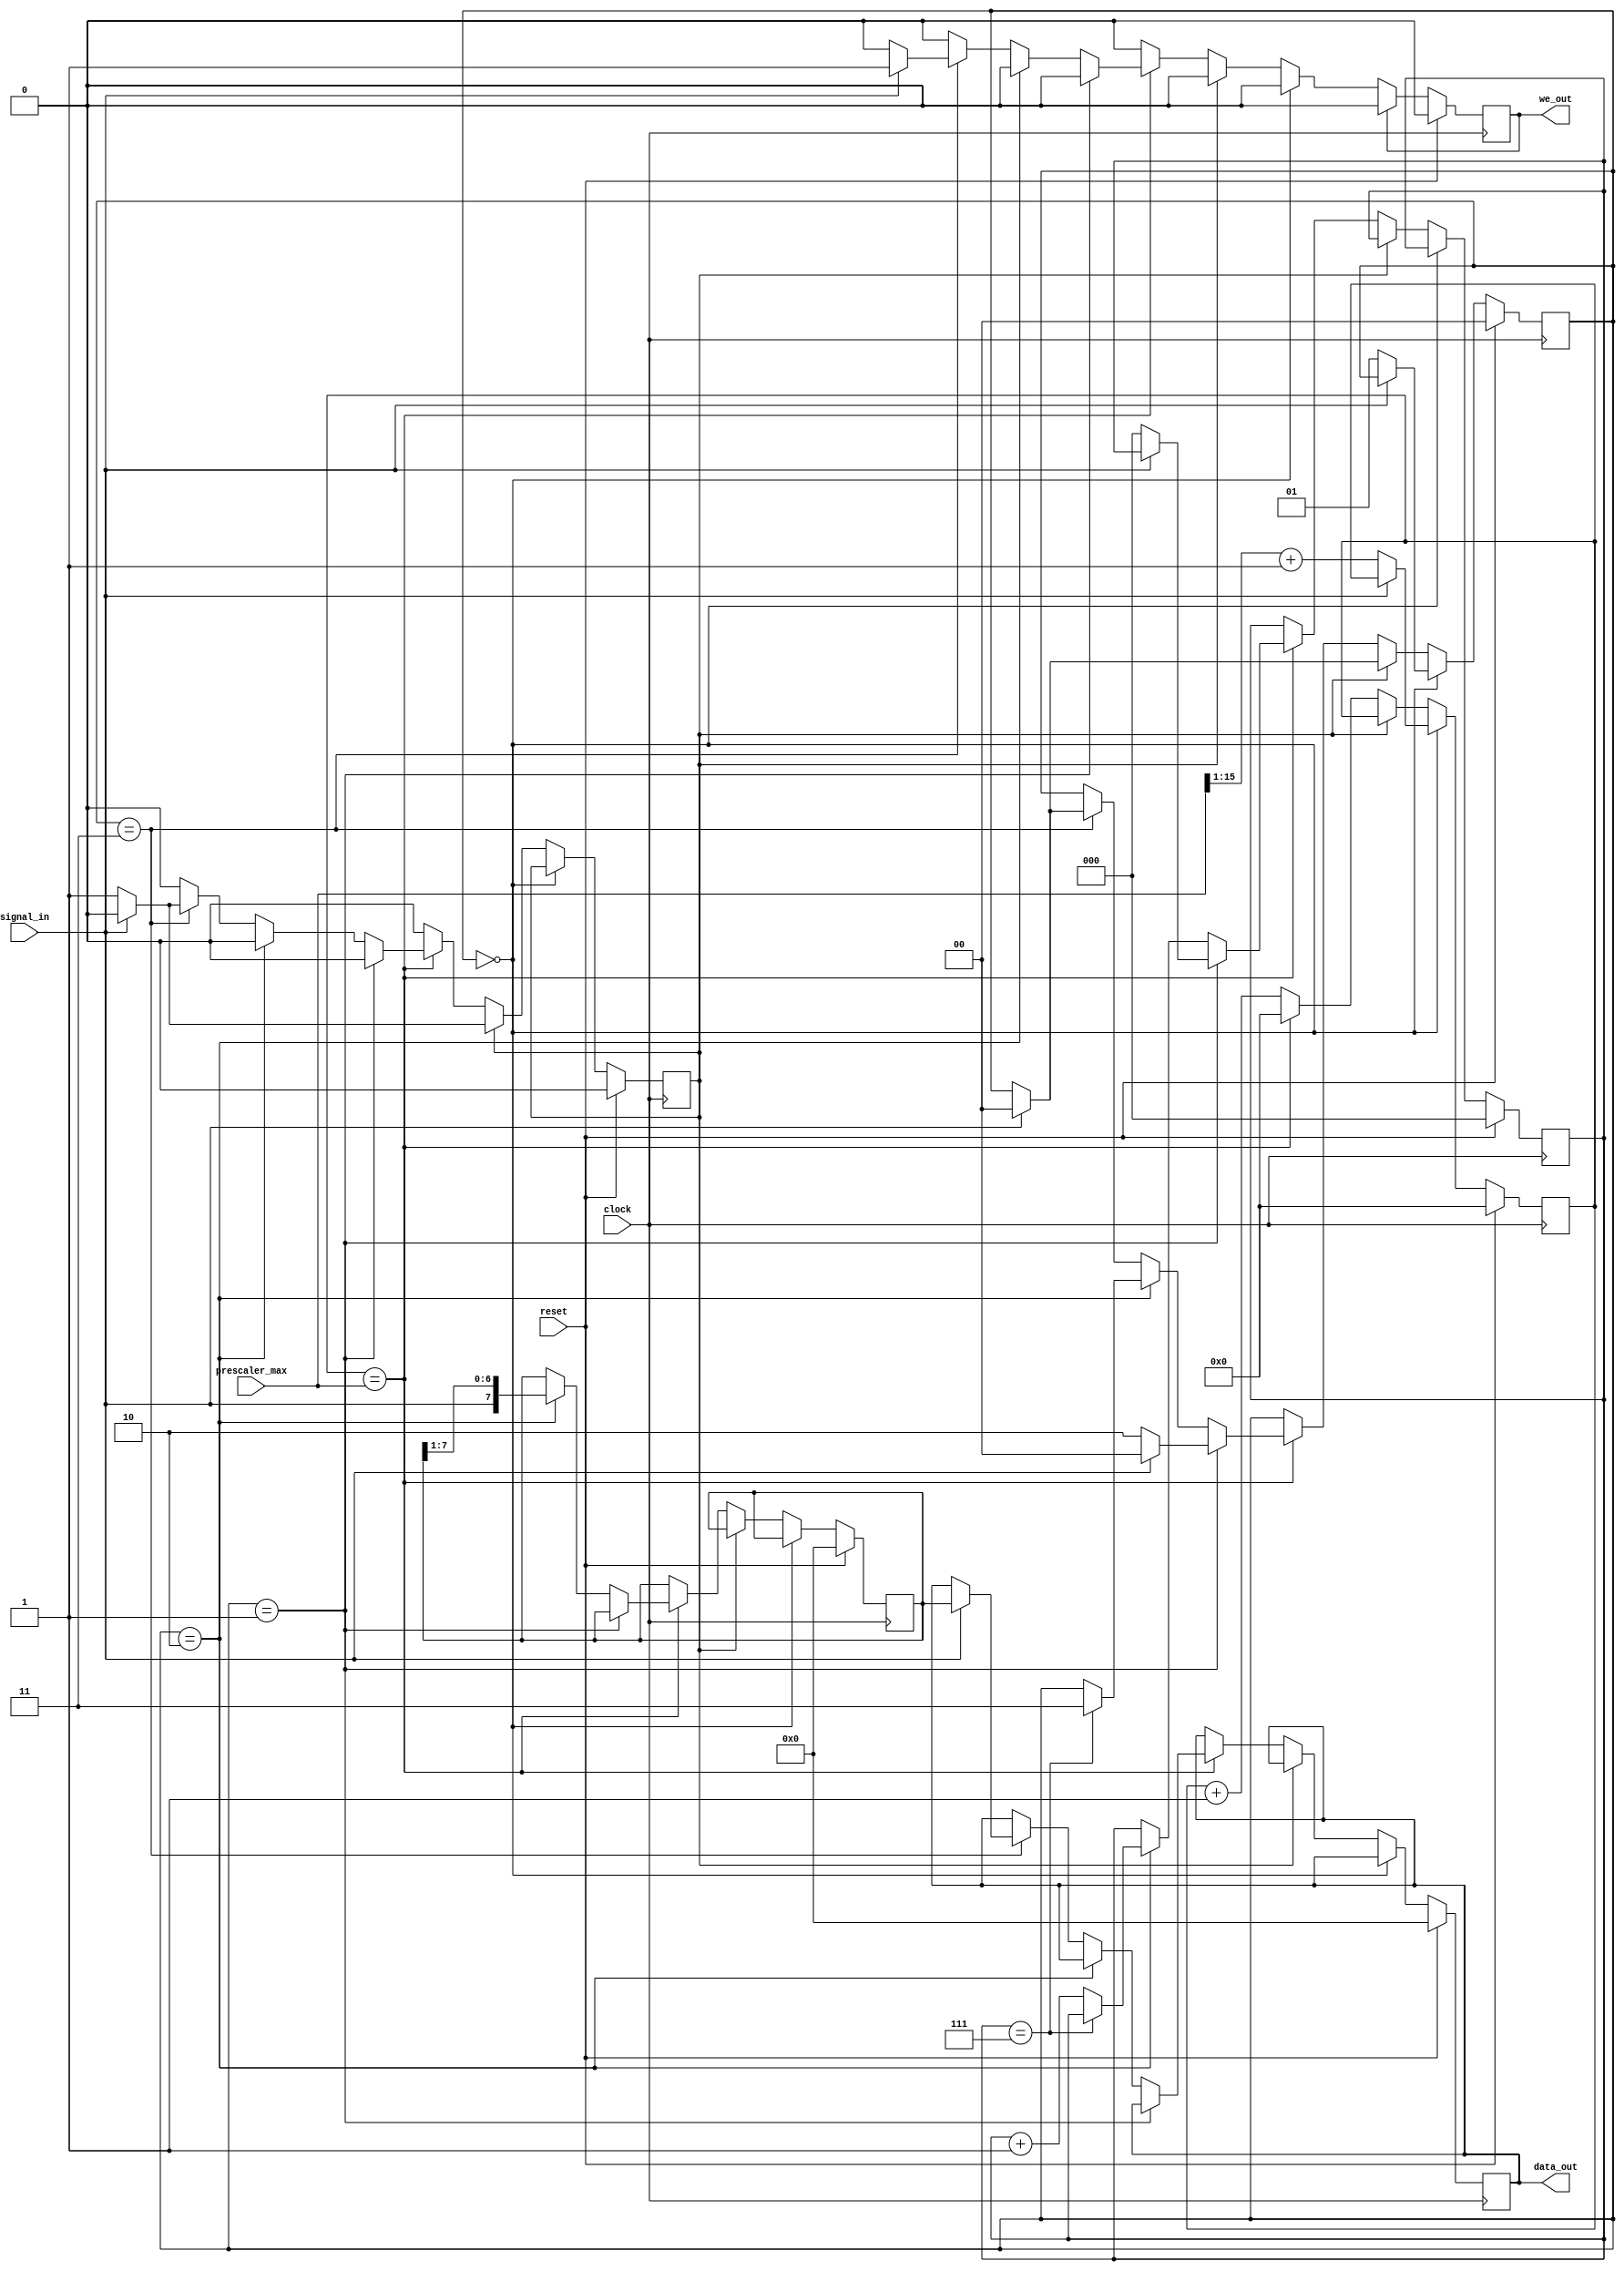
module uart_rx(clock, reset, prescaler_max, we_out, data_out, signal_in);
	input clock;
	input reset;
	input [15:0] prescaler_max;
	output we_out;
	output [7:0] data_out;
	input signal_in;

	reg [15:0] prescaler;
	reg [7:0] data;
	reg [1:0] phase;
	reg [2:0] data_bit;
	reg frame_error;

	reg we_out;
	reg [7:0] data_out;

	always @(posedge clock) begin
		if (reset) begin
			prescaler <= 15'd0;
			data <= 8'd0;
			phase <= 2'd0;
			data_bit <= 3'd0;
			frame_error <= 1'b0;
			we_out <= 1'b0;
			data_out <= 8'd0;
		end else begin
			if (phase == 2'd0) begin
				if (~signal_in) begin
					prescaler <= {1'b0, prescaler_max[15:1]} + 16'd1;
					phase <= 2'd1;
				end
			end else if (frame_error) begin
				if (signal_in) begin
					phase <= 2'd0;
					frame_error <= 1'b0;
				end
			end else begin
				if (prescaler == prescaler_max) begin
					if (phase == 2'd1) begin // 
						if (~signal_in) begin
							data_bit <= 3'd0;
							phase <= 2'd2;
						end else begin
							phase <= 2'd0;
						end
					end else if (phase == 2'd2) begin //  (8)
						data <= {signal_in, data[7:1]};
						if (data_bit == 3'd7) begin
							phase <= 2'd3;
						end else begin
							data_bit <= data_bit + 3'd1;
						end
					end else if (phase == 2'd3) begin // 
						if (signal_in) begin
							we_out <= 1'b1;
							data_out <= data;
							phase <= 2'd0;
						end else begin
							frame_error <= 1'b1;
						end
					end
					prescaler <= 16'd0;
				end else begin
					prescaler <= prescaler + 16'd1;
				end
			end
			if (we_out) begin
				we_out <= 1'b0;
			end
		end
	end

endmodule

module uart_tx(clock, reset, prescaler_max, sendable, sendreq, data_in, signal_out);
	input clock;
	input reset;
	input [15:0] prescaler_max;
	output sendable;
	input sendreq;
	input [7:0] data_in;
	output signal_out;

	reg [15:0] prescaler;
	reg [7:0] data;
	reg [1:0] phase;
	reg [2:0] data_bit;

	wire next = prescaler == prescaler_max;
	wire sendable = phase == 2'd0 || (next && phase == 2'd3);
	reg signal_out;

	always @(posedge clock) begin
		if (reset) begin
			prescaler <= 15'd0;
			data <= 8'd0;
			phase <= 2'd0;
			data_bit <= 3'd0;
			signal_out <= 1'b1;
		end else begin
			if (phase == 2'd0) begin
				if (sendreq) begin
					phase <= 2'd1;
					data <= data_in;
					signal_out <= 1'b0;
				end
			end else begin
				if (next) begin
					if (phase == 2'd1) begin // 
						signal_out <= data[0];
						data <= {1'b0, data[7:1]};
						phase <= 2'd2;
						data_bit <= 3'd0;
					end else if (phase == 2'd2) begin //  (8)
						if (data_bit == 3'd7) begin
							signal_out <= 1'd1;
							phase <= 2'd3;
						end else begin
							signal_out <= data[0];
							data <= {1'b0, data[7:1]};
							data_bit <= data_bit + 3'd1;
						end
					end else if (phase == 2'd3) begin // 
						if (sendreq) begin
							phase <= 2'd1;
							data <= data_in;
							signal_out <= 1'b0;
						end else begin
							phase <= 2'd0;
							signal_out <= 1'b1;
						end
					end
					prescaler <= 16'd0;
				end else begin
					prescaler <= prescaler + 16'd1;
				end
			end
		end
	end

endmodule